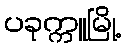
ပခုက္ကူမြို့